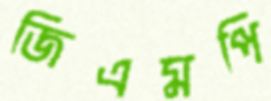
জিএমপি